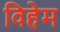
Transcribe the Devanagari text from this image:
विहेम